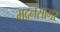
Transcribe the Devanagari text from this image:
मदनसागर